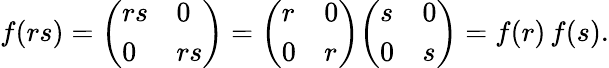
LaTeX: f(rs)={\left(\begin{array}{ll}{rs}&{0}\\ {0}&{rs}\end{array}\right)}={\left(\begin{array}{ll}{r}&{0}\\ {0}&{r}\end{array}\right)}{\left(\begin{array}{ll}{s}&{0}\\ {0}&{s}\end{array}\right)}=f(r)\, f(s).